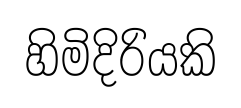
හිමිදිරියකි